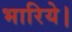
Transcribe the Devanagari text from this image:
भारिये।